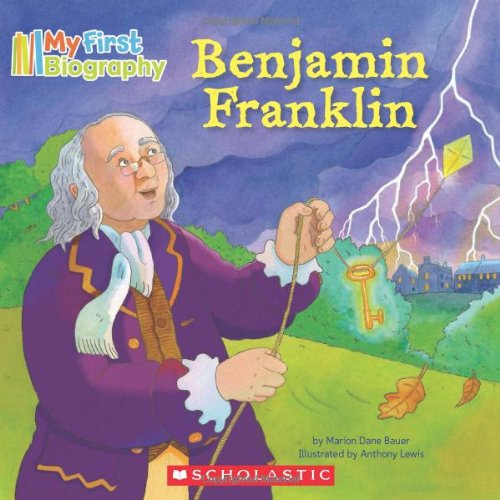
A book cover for My First Biography: Benjamin Franklin; Marion Dane Bauer; Children's Books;